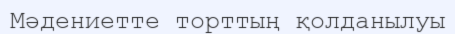
Мәдениетте торттың қолданылуы